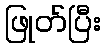
ဖြုတ်ပြီး